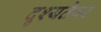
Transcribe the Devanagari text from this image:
दृश्यतेवर